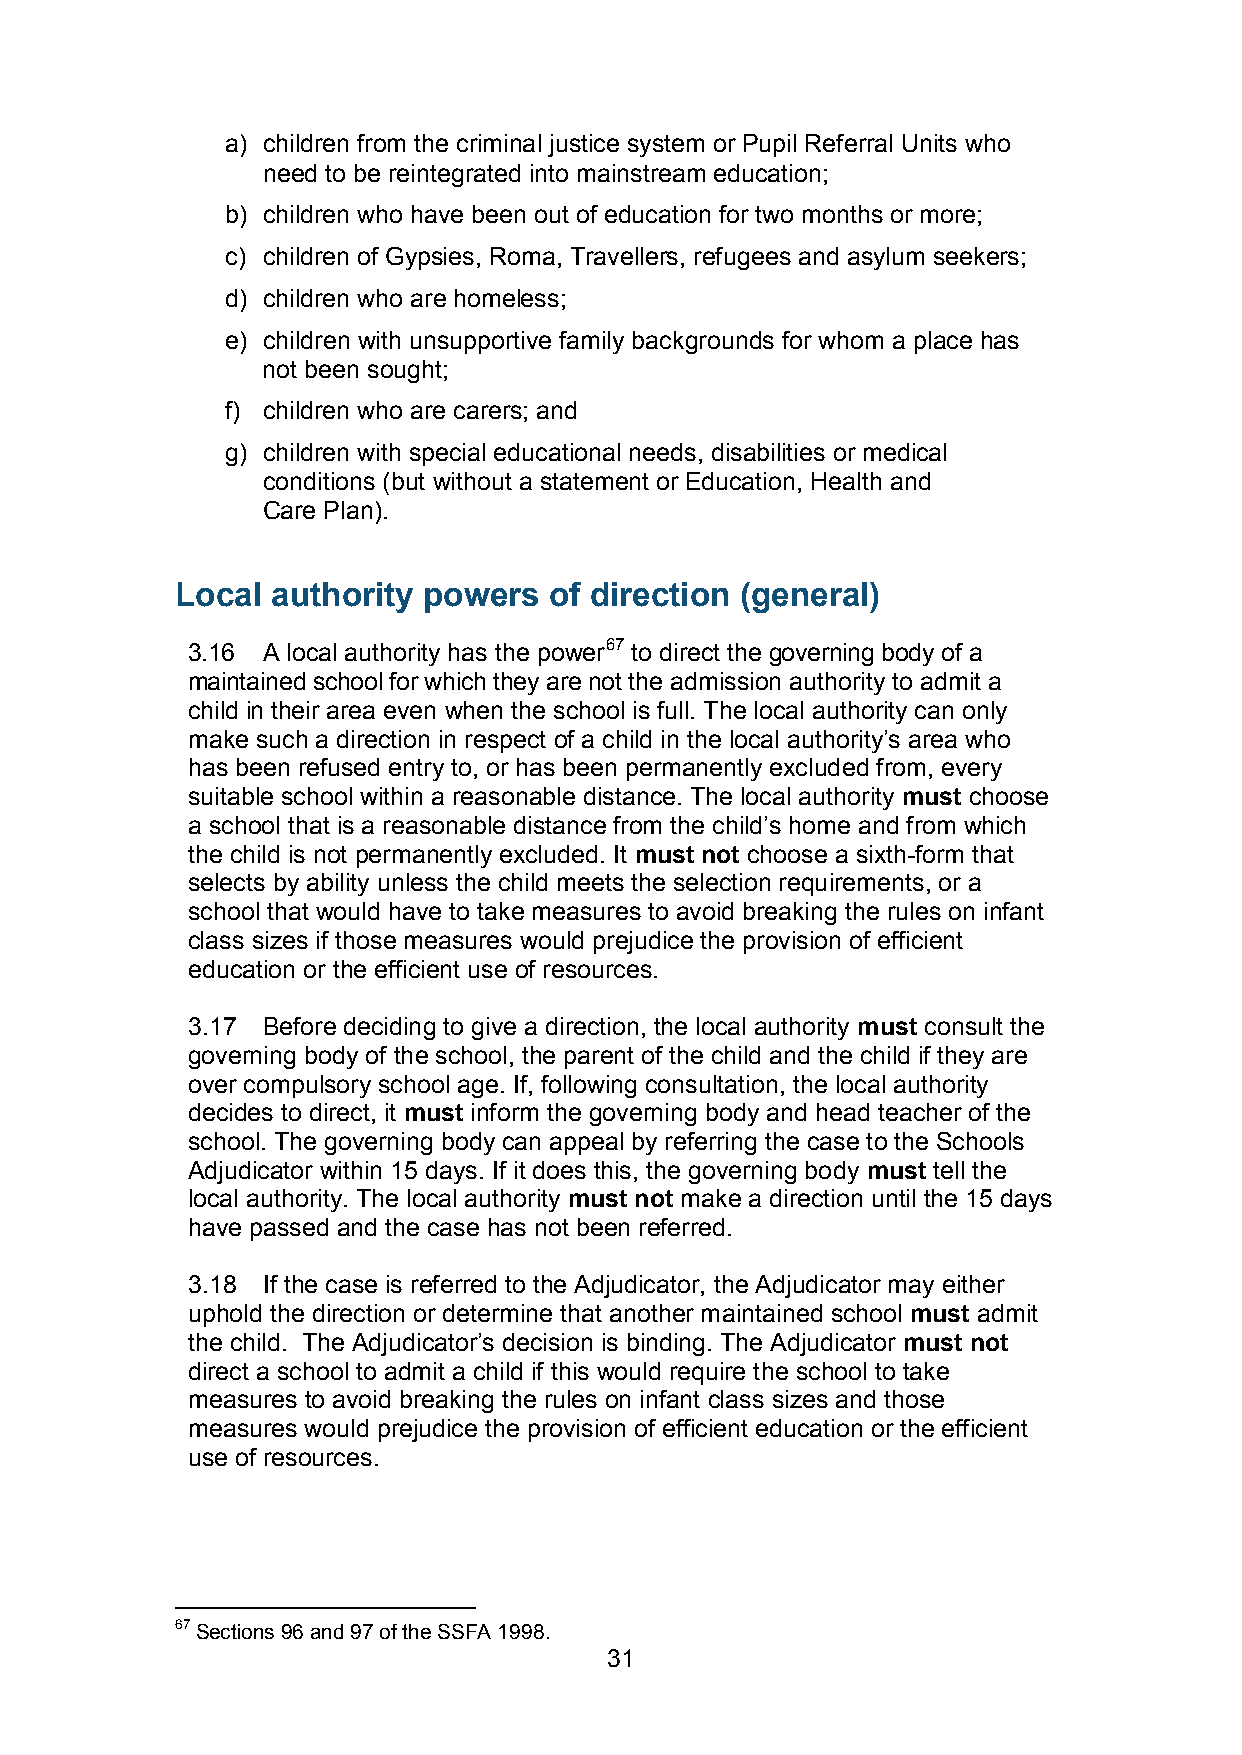
a) children from the criminal justice system or Pupil Referral Units who
 need to be reintegrated into mainstream education;
 b) children who have been out of education for two months or more;
 c) children of Gypsies, Roma, Travellers, refugees and asylum seekers;
 d) children who are homeless;
 e) children with unsupportive family backgrounds for whom a place has
 not been sought;
 f) children who are carers; and
 g) children with special educational needs, disabilities or medical
 conditions (but without a statement or Education, Health and
 Care Plan).
 Local authority powers  of direction (general)
 3.16 A local authority has the power67 to direct the governing body of a
 maintained school for which they are not the admission authority to admit a
 child in their area even when the school is full. The local authority can only
 make such a direction in respect of a child in the local authority’s area who
 has been refused entry to, or has been permanently excluded from, every
 suitable school within a reasonable distance. The local authority must choose
 a school that is a reasonable distance from the child’s home and from which
 the child is not permanently excluded. It must not choose a sixth-form that
 selects by ability unless the child meets the selection requirements, or a
 school that would have to take measures to avoid breaking the rules on infant
 class sizes if those measures would prejudice the provision of efficient
 education or the efficient use of resources.
 3.17 Before deciding to give a direction, the local authority must consult the
 governing body of the school, the parent of the child and the child if they are
 over compulsory school age. If, following consultation, the local authority
 decides to direct, it must inform the governing body and head teacher of the
 school. The governing body can appeal by referring the case to the Schools
 Adjudicator within 15 days. If it does this, the governing body must tell the
 local authority. The local authority must not make a direction until the 15 days
 have passed and the case has not been referred.
 3.18 If the case is referred to the Adjudicator, the Adjudicator may either
 uphold the direction or determine that another maintained school must admit
 the child. The Adjudicator’s decision is binding. The Adjudicator must not
 direct a school to admit a child if this would require the school to take
 measures to avoid breaking the rules on infant class sizes and those
 measures would prejudice the provision of efficient education or the efficient
 use of resources.
 67 Sections 96 and 97 of the SSFA 1998.
 31